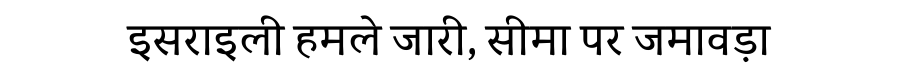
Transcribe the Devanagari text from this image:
इसराइली हमले जारी, सीमा पर जमावड़ा